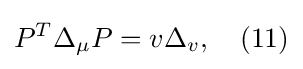
P^{T}\Delta _{\mu }P=v\Delta _{v},\quad (11)